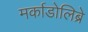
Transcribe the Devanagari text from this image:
मर्काडोलिब्रे